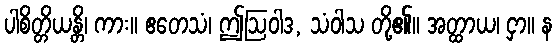
ပါစိတ္တိယန္တိ၊ ကား။ ဧတေသံ၊ ဤဩဝါဒ, သံဝါသ တို့၏။ အတ္ထာယ၊ ငှာ။ န